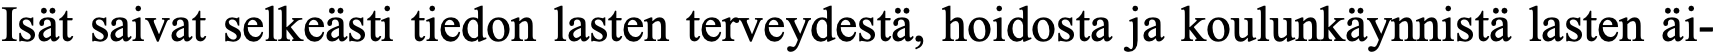
Isät saivat selkeästi tiedon lasten terveydestä, hoidosta ja koulunkäynnistä lasten äi-